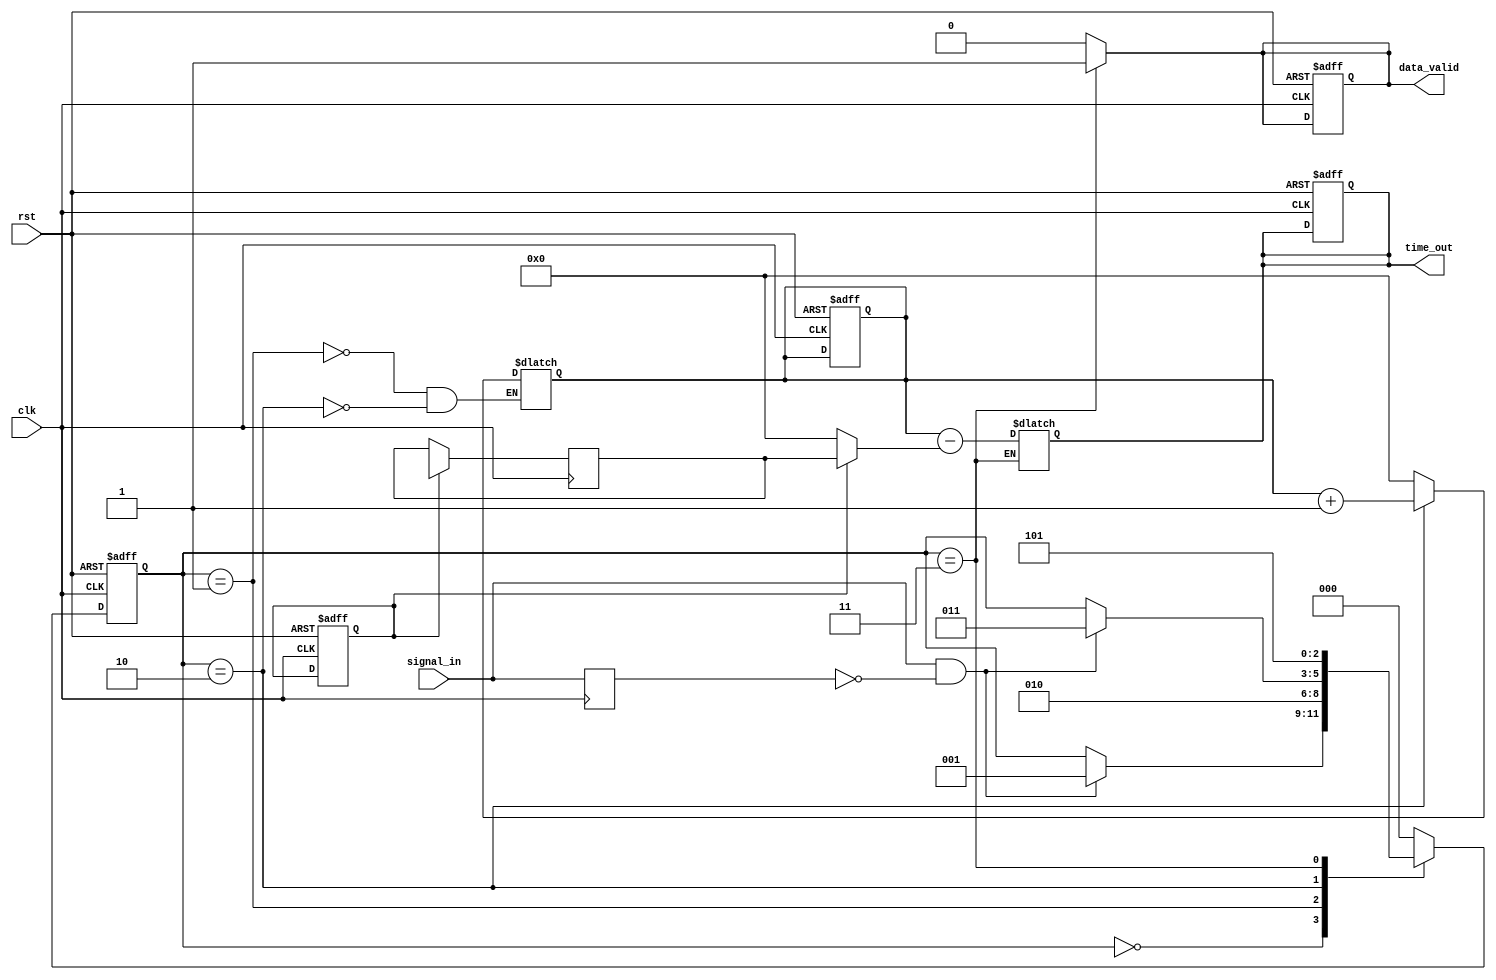
module TDC (
    input wire clk,              // High-frequency clock
    input wire rst,              // Reset
    input wire signal_in,        // Input signal for timing interval measurement
    output reg [31:0] time_out,  // Measured time interval output
    output reg data_valid        // Valid output signal
);

// State enumeration for finite state machine
localparam IDLE           = 3'b000,
           EDGE_DETECT   = 3'b001,
           COUNT          = 3'b010,
           LATCH          = 3'b011,
           CALIBRATE      = 3'b100,
           OUTPUT         = 3'b101;

reg [2:0] state, next_state;
reg [31:0] counter;            // Time counter
reg last_signal;               // To store last value of signal_in
reg calibrated;                // Indicator if calibration has occurred

// Edge detection
wire rising_edge = signal_in & ~last_signal; // Rising edge detection

// Calibration coefficients
reg [31:0] calibration_coeff;
reg [31:0] reference_interval;

// Initialization
initial begin
    counter = 0;
    time_out = 0;
    calibrated = 0;
end

// State machine for control logic
always @(posedge clk or posedge rst) begin
    if (rst) begin
        state <= IDLE;
        counter <= 0;
        time_out <= 0;
        data_valid <= 0;
        calibrated <= 0;
    end else begin
        state <= next_state;
    end
end

// Next state logic and output generation
always @(*) begin
    // Default assignments
    next_state = state; 
    data_valid = 0;

    case (state)
        IDLE: begin
            if (rising_edge) begin
                next_state = EDGE_DETECT;
            end
        end
        
        EDGE_DETECT: begin
            counter = 0; // Reset counter for measurement
            next_state = COUNT;
        end

        COUNT: begin
            counter = counter + 1; // Increment counter on each clock pulse
            if (rising_edge) begin
                next_state = LATCH; // Move to latch state at the next rising edge
            end
        end

        LATCH: begin
            time_out = counter - (calibrated ? calibration_coeff : 0); // Apply calibration if done
            data_valid = 1; // Indicate valid data output
            next_state = OUTPUT;
        end

        OUTPUT: begin
            // Output logic could go here; for simplicity moving back to IDLE
            next_state = IDLE;
        end
        
        default: next_state = IDLE;

    endcase
end

// Calibration mechanism
always @(posedge clk) begin
    if (calibrated) begin
        // Perform calibration routine here
        calibration_coeff <= reference_interval; // Update calibration coefficients based on measurement
    end
end

// Store the last signal state for edge detection
always @(posedge clk) begin
    last_signal <= signal_in; 
end

endmodule